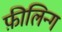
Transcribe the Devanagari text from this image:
फ़ीलिन्ग